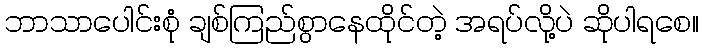
ဘာသာပေါင်းစုံ ချစ်ကြည်စွာနေထိုင်တဲ့ အရပ်လို့ပဲ ဆိုပါရစေ။